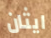
ايثان